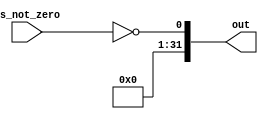
//SET Operations

//SEQ

module seq(is_not_zero, out);
    input is_not_zero;
    output [31:0] out;
    assign out[0] = !is_not_zero;
    assign out[31:1] = 31'b0000000000000000000000000000000;
endmodule


//SNE

module sne(is_not_zero, out);
    input is_not_zero;
    output [31:0] out;
    assign out[0] = is_not_zero;
    assign out[31:1] = 31'b0000000000000000000000000000000;
endmodule


//SLT

module slt(a_msb, b_msb, diff_msb, out);
    input a_msb, b_msb, diff_msb;
    output [31:0] out;
    
    assign out[0] = ((a_msb ^ b_msb) & a_msb) | (!(a_msb ^ b_msb) & diff_msb);
    assign out[31:1] = 31'b0000000000000000000000000000000;
endmodule


//SGT

module sgt(a_msb, b_msb, diff_msb, is_not_zero, out);
    input a_msb, b_msb, diff_msb, is_not_zero;
    output [31:0] out;
	
	  assign out[0] = ((a_msb ^ b_msb) & b_msb) | (!(a_msb ^ b_msb) & !diff_msb & is_not_zero);
    assign out[31:1] = 31'b0000000000000000000000000000000;
endmodule


//SLE

module sle(sgt, out);
	input  sgt;
	output [31:0] out;
    
    assign out[0] = !sgt;
    assign out[31:1] = 31'b0000000000000000000000000000000;
endmodule


//SGE

module sge(slt, out);
    input slt;
    output [31:0] out;
    
    assign out[0] = !slt;
    assign out[31:1] = 31'b0000000000000000000000000000000;
endmodule